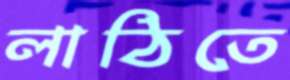
লাঠিতে